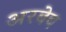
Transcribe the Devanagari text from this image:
अरबेब